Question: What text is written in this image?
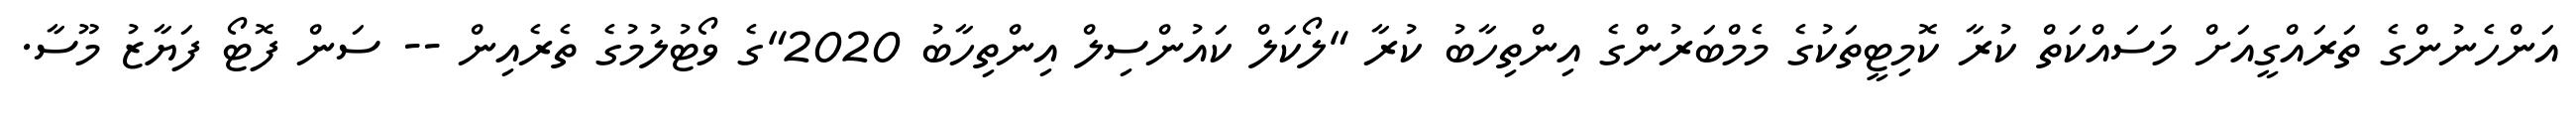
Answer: އަންހެނުންގެ ތަރައްގީއަށް މަސައްކަތް ކުރާ ކޮމިޓީތަކުގެ މެމްބަރުންގެ އިންތިހާބު ކުރާ "ލޯކަލް ކައުންސިލް އިންތިހާބު 2020"ގެ ވޯޓުލުމުގެ ތެރެއިން -- ސަން ފޮޓޯ ފަޔާޒު މޫސާ.